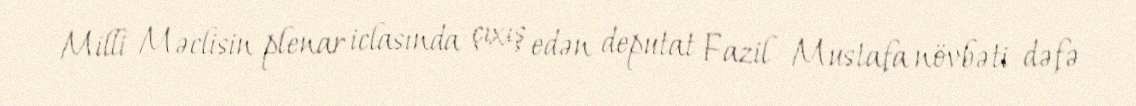
Milli Məclisin plenar iclasında çıxış edən deputat Fazil Mustafa növbəti dəfə